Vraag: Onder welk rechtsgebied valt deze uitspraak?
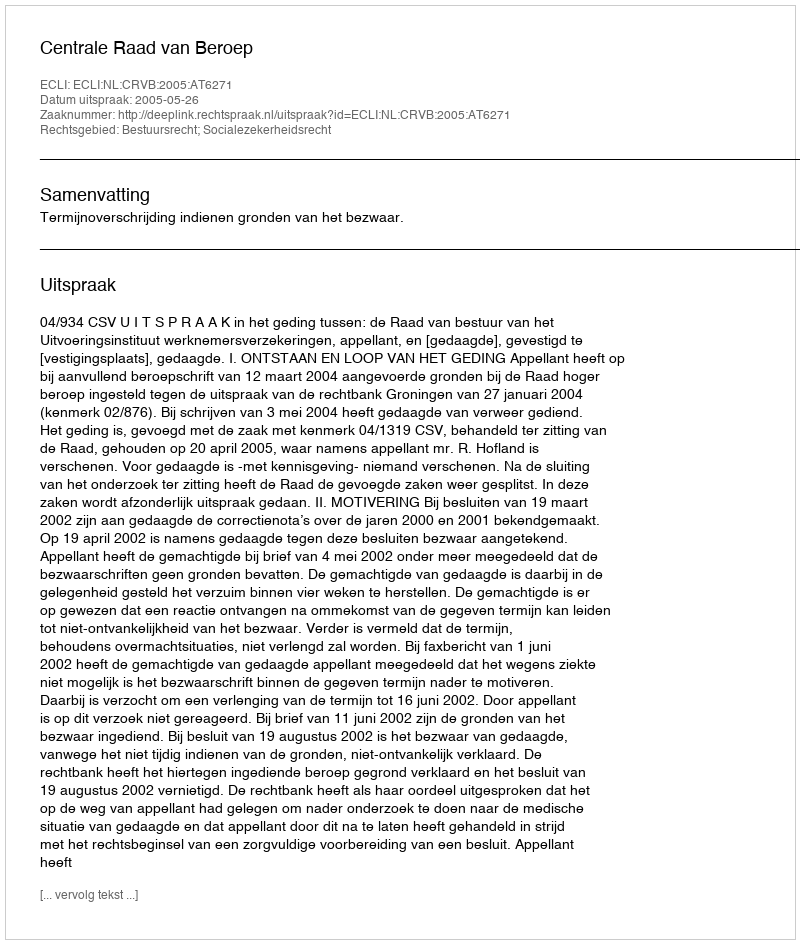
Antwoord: Bestuursrecht; Socialezekerheidsrecht